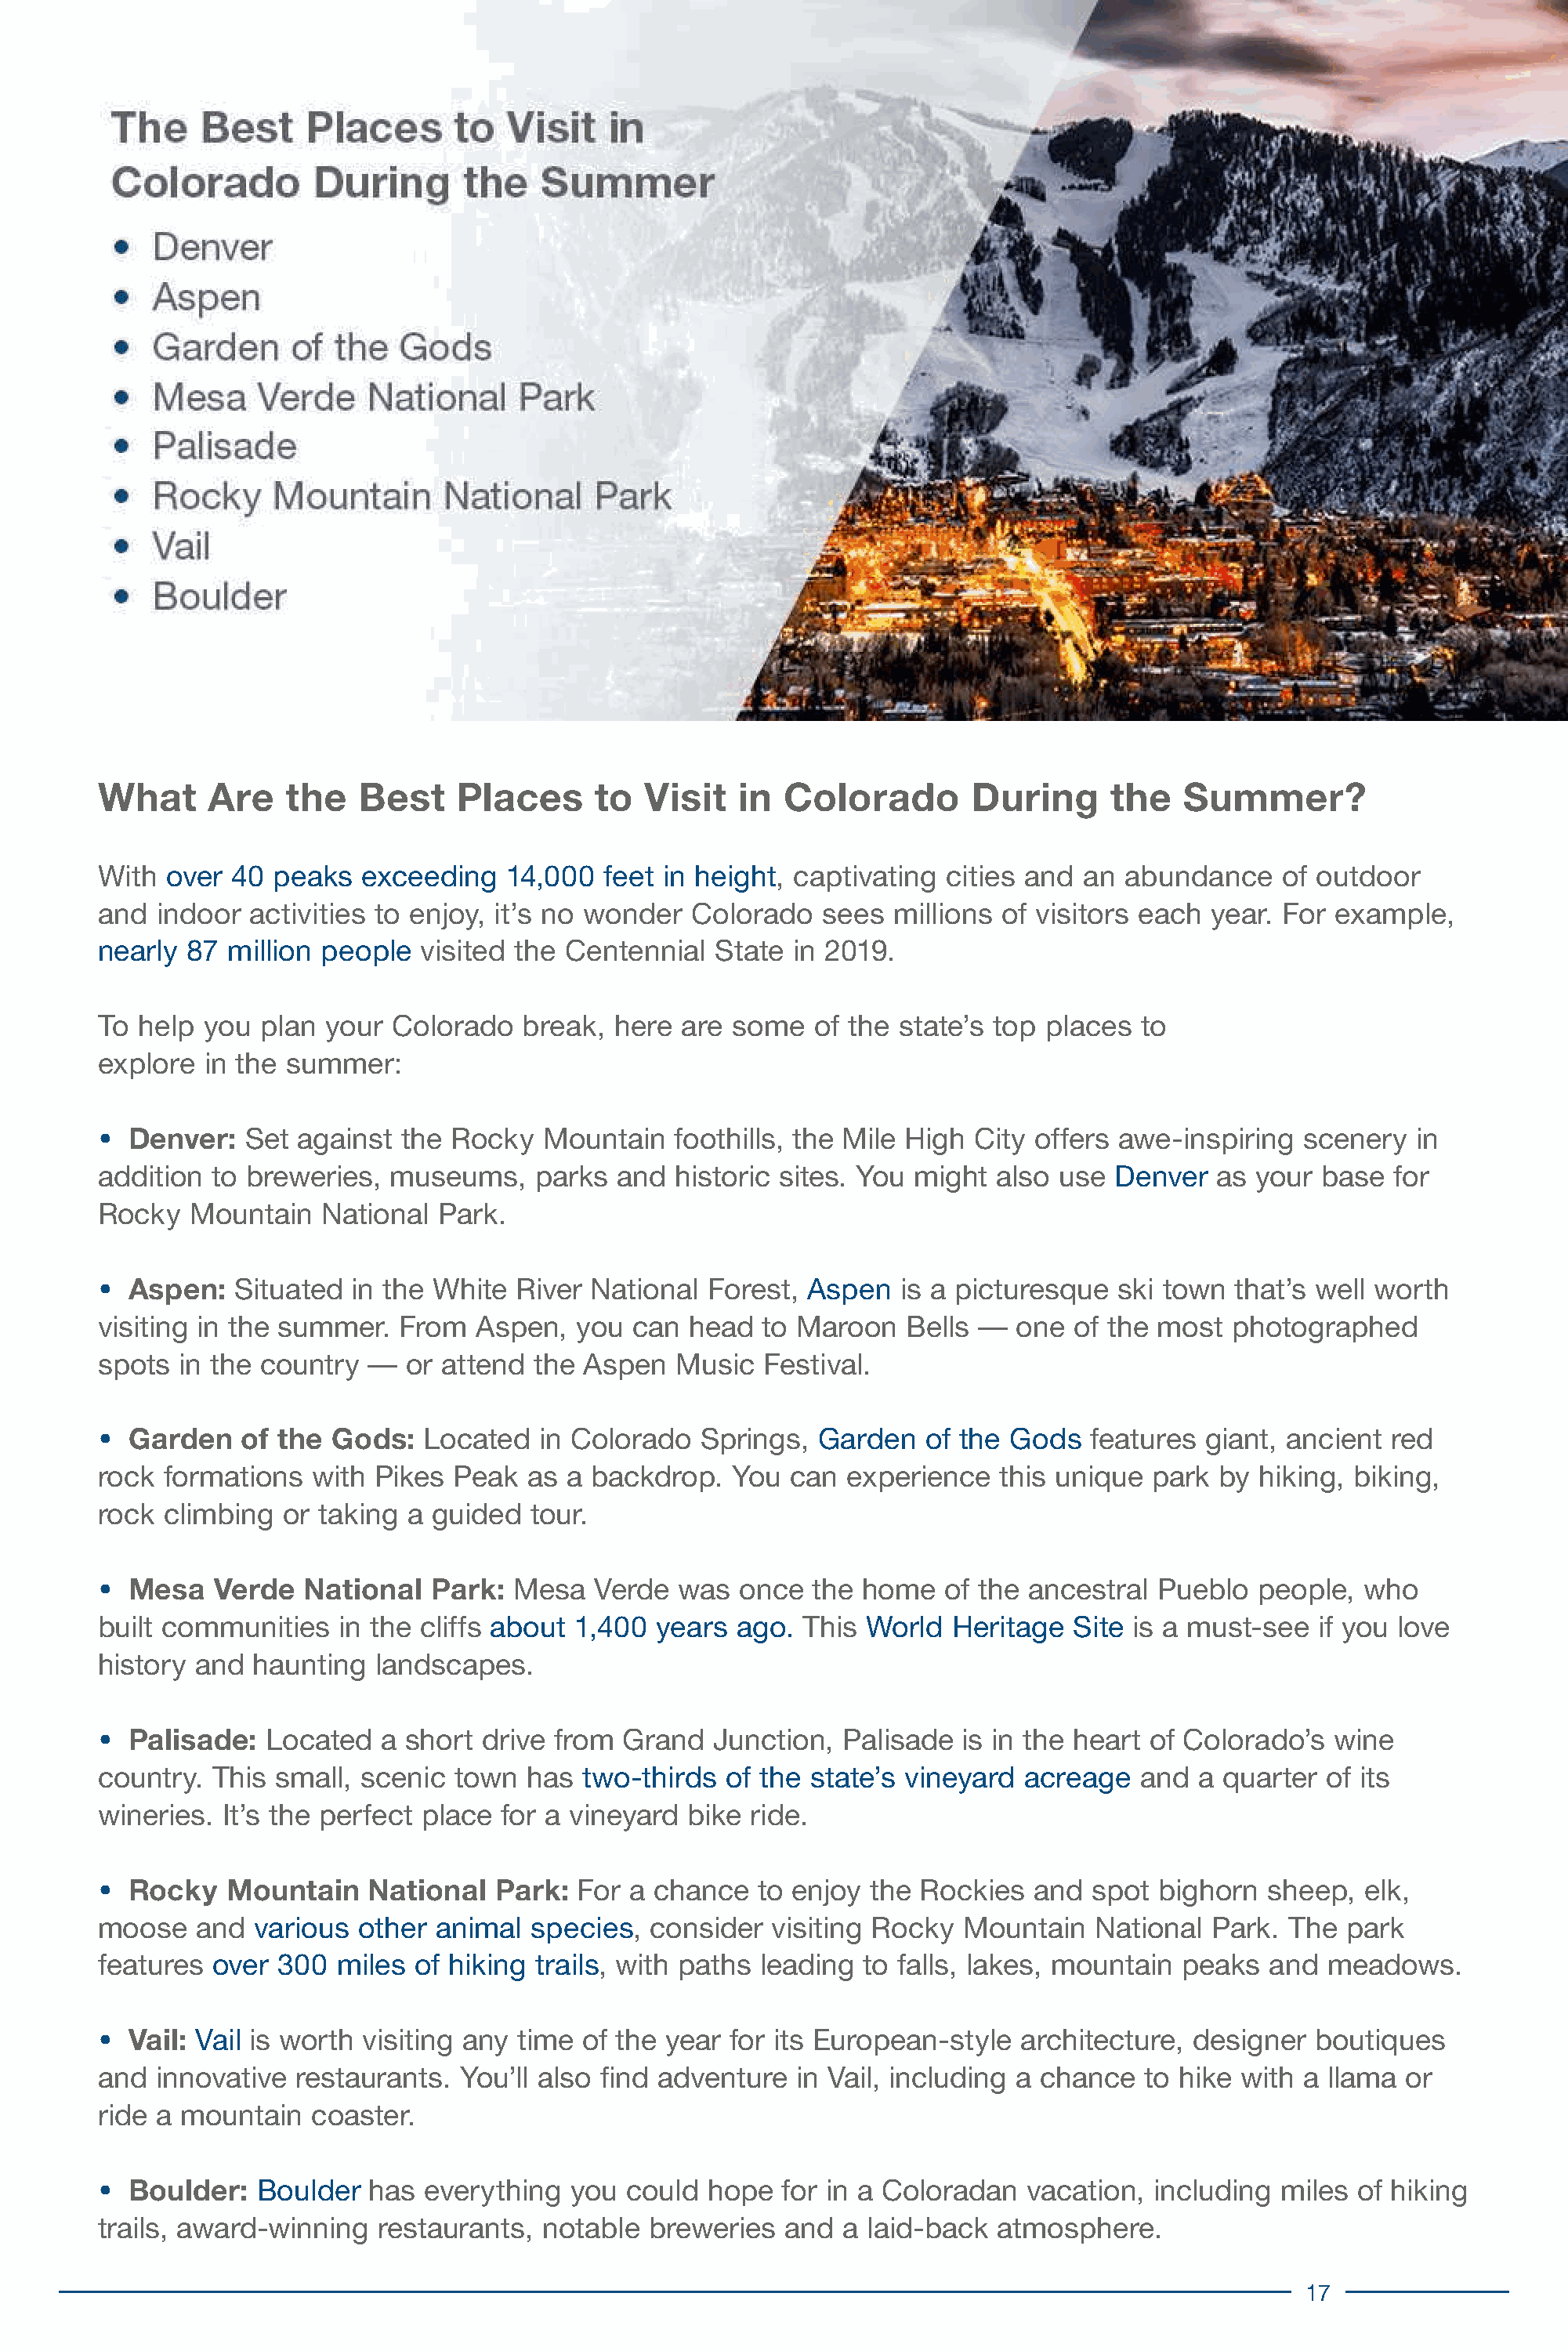
What      Are   the   Best     Places     to  Visit   in  Colorado        During      the   Summer?
 With  over  40 peaks   exceeding   14,000  feet in height, captivating  cities and an  abundance    of outdoor
 and  indoor  activities to enjoy, it’s no wonder  Colorado   sees  millions  of visitors each year. For  example,
 nearly  87 million people  visited the  Centennial  State  in 2019.
 To  help you  plan your  Colorado   break,  here  are some   of the state’s top places  to
 explore  in the summer:
 •  Denver:   Set against  the Rocky   Mountain   foothills, the Mile High City offers awe-inspiring   scenery   in
 addition  to breweries,  museums,    parks  and  historic sites. You might  also use  Denver   as your  base  for
 Rocky   Mountain   National  Park.
 •  Aspen:   Situated  in the White  River National  Forest, Aspen   is a picturesque  ski town  that’s well worth
 visiting in the summer.   From  Aspen,   you can  head  to Maroon    Bells —  one  of the most  photographed
 spots  in the country  —  or attend  the Aspen   Music  Festival.
 •  Garden   of the  Gods:   Located   in Colorado  Springs,  Garden   of the Gods   features  giant, ancient red
 rock  formations  with  Pikes Peak   as a backdrop.   You  can  experience  this unique  park  by hiking, biking,
 rock  climbing  or taking a guided   tour.
 •  Mesa   Verde   National  Park:  Mesa   Verde  was  once   the home   of the ancestral  Pueblo  people,  who
 built communities    in the cliffs about 1,400 years  ago.  This World  Heritage   Site is a must-see  if you love
 history and  haunting   landscapes.
 •  Palisade:  Located   a short  drive from  Grand  Junction,  Palisade  is in the heart of Colorado’s   wine
 country.  This small, scenic  town  has  two-thirds  of the state’s vineyard   acreage  and  a quarter  of its
 wineries.  It’s the perfect place for a vineyard  bike ride.
 •  Rocky   Mountain    National   Park:  For a chance   to enjoy the  Rockies  and  spot  bighorn  sheep,  elk,
 moose    and various  other  animal  species,  consider  visiting Rocky  Mountain   National  Park.  The  park
 features  over 300  miles  of hiking trails, with paths leading  to falls, lakes, mountain  peaks  and  meadows.
 •  Vail: Vail is worth visiting any time of the year  for its European-style  architecture,  designer  boutiques
 and  innovative  restaurants.  You’ll also find adventure  in Vail, including a chance   to hike with a llama  or
 ride a mountain   coaster.
 •  Boulder:   Boulder  has  everything  you  could  hope  for in a Coloradan   vacation, including  miles  of hiking
 trails, award-winning   restaurants,  notable  breweries  and  a laid-back  atmosphere.
 17